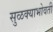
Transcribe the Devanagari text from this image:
सुळक्याभोवती